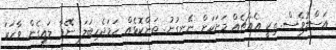
އަސްލުވެސް. ތިކީ އެއްޗެއް މަށަކަށް ނޭނގުނު. ތަންކޮޅެއް ހަމަޖެހިބަލަ. ނޭވާ ލައިގެން ވާހަކަ